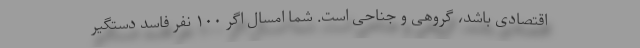
اقتصادی باشد، گروهی و جناحی است. شما امسال اگر ۱۰۰ نفر فاسد دستگیر